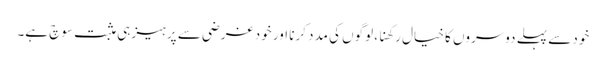
خود سے پہلے دوسروں کا خیال رکھنا، لوگوں کی مدد کرنا اور خود غرضی سے پرہیز ہی مثبت سوچ ہے۔